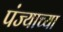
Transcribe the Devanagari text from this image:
पंज्याच्या